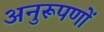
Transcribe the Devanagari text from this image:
अनुरूपणों